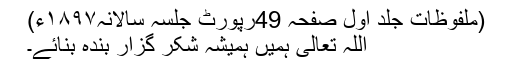
(ملفوظات جلد اول صفحہ 49رپورٹ جلسہ سالانہ۱۸۹۷ء)
اللہ تعالیٰ ہمیں ہمیشہ شکر گزار بندہ بنائے۔